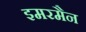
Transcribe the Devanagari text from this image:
इमरमैन